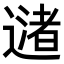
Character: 𬩅